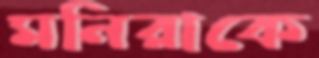
মনিরাকে